Report on vaccination in the Province of Bengal - 1874-1889
Year: 1874
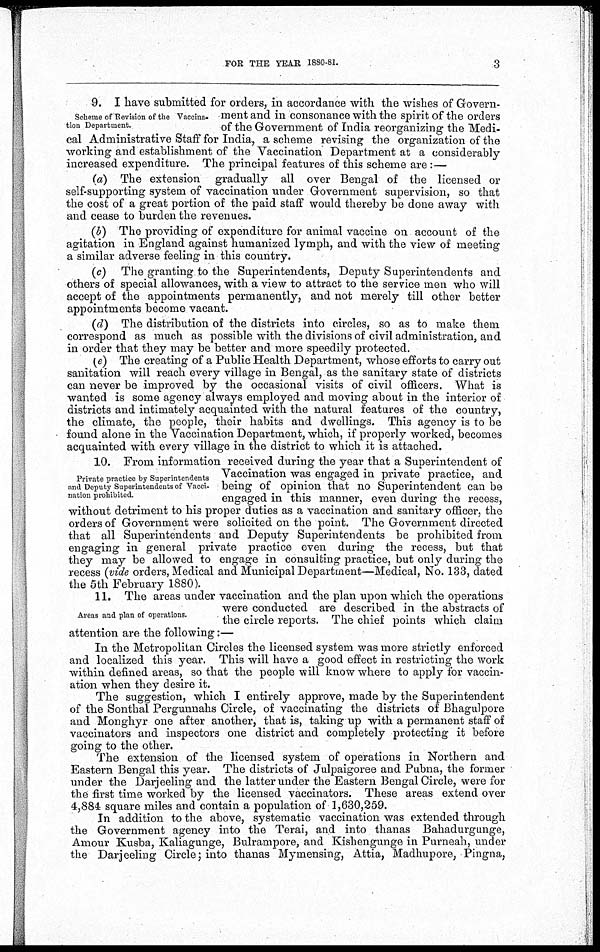
FOR THE YEAR 1880-81.
3
Scheme of Revision of the Vaccina-
tion Department.
9. I have submitted for orders, in accordance with the wishes of Govern-
ment and in consonance with the spirit of the orders
of the Government of India reorganizing the Medi-
cal Administrative Staff for India, a scheme revising the organization of the
working and establishment of the Vaccination Department at a considerably-
increased expenditure. The principal features of this scheme are:—
(a) The extension gradually all over Bengal of the licensed or
self-supporting system of vaccination under Government supervision, so that
the cost of a great portion of the paid staff would thereby be done away with
and cease to burden the revenues.
(b) The providing of expenditure for animal vaccine on account of the
agitation in England against humanized lymph, and with the view of meeting
a similar adverse feeling in this country.
(c) The granting to the Superintendents, Deputy Superintendents and
others of special allowances, with a view to attract to the service men who will
accept of the appointments permanently, and not merely till other better
appointments become vacant.
(d) The distribution of the districts into circles, so as to make them,
correspond as much as possible with the divisions of civil administration, and
in order that they may be better and more speedily protected.
(e) The creating of a Public Health Department, whose efforts to carry out
sanitation will reach every village in Bengal, as the sanitary state of districts
can never be improved by the occasional visits of civil officers. What is
wanted is some agency always employed and moving about in the interior of
districts and intimately acquainted with the natural features of the country,
the climate, the people, their habits and dwellings. This agency is to be
found alone in the Vaccination Department, which, if properly worked, becomes
acquainted with every village in the district to which it is attached.
Private practice by Superintendents
and Deputy Superintendents of Vacci-
nation prohibited.
10. From information received during the year that a Superintendent of
Vaccination was engaged in private practice, and
being of opinion that no Superintendent can be
engaged in this manner, even during the recess,
without detriment to his proper duties as a vaccination and sanitary officer, the
orders of Government were solicited on the point. The Government directed
that all Superintendents and Deputy Superintendents be prohibited from
engaging in general private practice even during the recess, but that
they may be allowed to engage in consulting practice, but only during the
recess (vide orders, Medical and Municipal Department—Medical, No. 133, dated
the 5th February 1880).
Areas and plan of operations.
11. The areas under vaccination and the plan upon which the operations
were conducted are described in the abstracts of
the circle reports. The chief points which claim
attention are the following:—
In the Metropolitan Circles the licensed system was more strictly enforced
and localized this year. This will have a good effect in restricting the work
within defined areas, so that the people will know where to apply for vaccin-
ation when they desire it.
The suggestion, which I entirely approve, made by the Superintendent
of the Sonthal Pergunnahs Circle, of vaccinating the districts of Bhagulpore
and Monghyr one after another, that is, taking up with a permanent staff of
vaccinators and inspectors one district and completely protecting it before
going to the other.
The extension of the licensed system of operations in Northern and
Eastern Bengal this year. The districts of Julpaigoree and Pubna, the former
under the Darjeeling and the latter under the Eastern Bengal Circle, were for
the first time worked by the licensed vaccinators. These areas extend over
4,884 square miles and contain a population of 1,630,259.
In addition to the above, systematic vaccination was extended through
the Government agency into the Terai, and into thanas Bahadurgunge,
Amour Kusba, Kaliagunge, Bulrampore, and Kishengunge in Purneah, under
the Darjeeling Circle; into thanas Mymensing, Attia, Madhupore, Pingna,